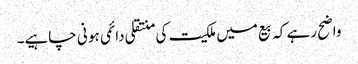
واضح رہے کہ بیع میں ملکیت کی منتقلی دائمی ہو نی چاہیے۔